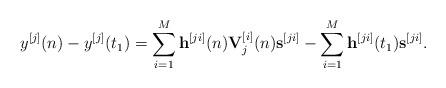
LaTeX: \begin{align*}{y^{[j]}}(n) - {y^{[j]}}({t_1}) = \sum\limits_{i = 1}^M {{{\bf{h}}^{[ji]}}(n){\bf{V}}_j^{[i]}(n){{\bf{s}}^{[ji]}}} - \sum\limits_{i = 1}^M {{{\bf{h}}^{[ji]}}({t_1}){{\bf{s}}^{[ji]}}}.\end{align*}